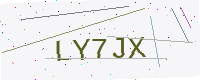
Text: LY7JX